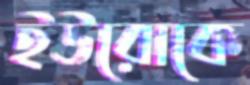
ইউরোকে